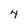
Character: 4